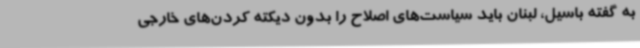
به گفته باسیل، لبنان باید سیاست‌های اصلاح را بدون دیکته کردن‌های خارجی